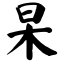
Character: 杲